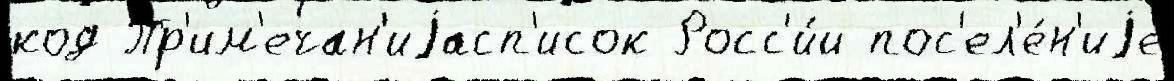
код Пр'им'ечан'иjасп'исок Росс'и́и пос'ел'е́н'иjе